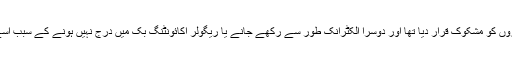
پہلا سمجھوتہ (سیٹلمنٹ) کمیشن نے دستاویزوں کو مشکوک قرار دیا تھا اور دوسرا الکٹرانک طور سے رکھے جانے یا ریگولر اکائونٹنگ بک میں درج نہیں ہونے کے سبب اسے ثبوت کے طور پر پیش نہیں کیا جاسکتا ۔